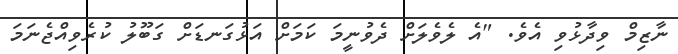
ނާޒިމް ވިދާޅުވި އެވެ. "އެ ލެވެލަށް ދެވުނީމަ ކަމަށް އަޅުގަނޑަށް ގަބޫލު ކުރެވިއްޖެނަމަ